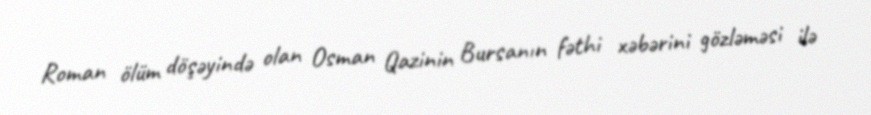
Roman ölüm döşəyində olan Osman Qazinin Bursanın fəthi xəbərini gözləməsi ilə